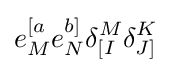
e_{M}^{[a}e_{N}^{b]}\delta _{[I}^{M}\delta _{J]}^{K}